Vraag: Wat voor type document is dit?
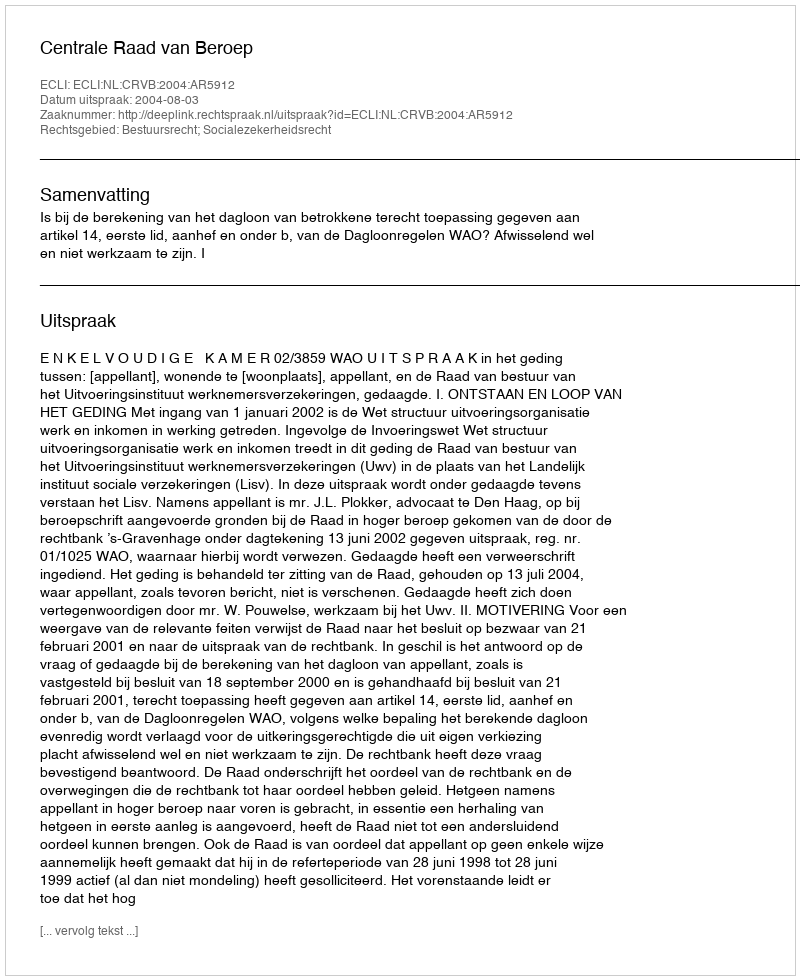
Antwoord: Uitspraak